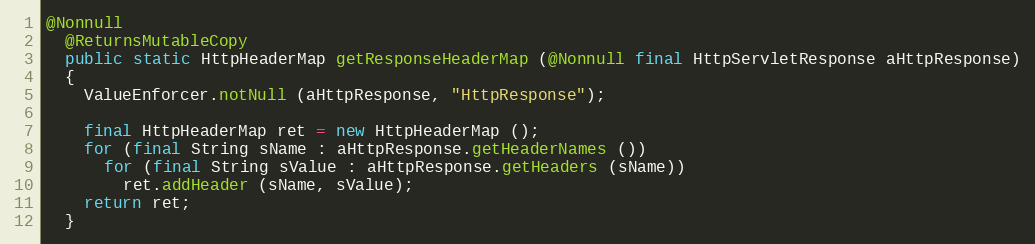
Language: Java
@Nonnull
  @ReturnsMutableCopy
  public static HttpHeaderMap getResponseHeaderMap (@Nonnull final HttpServletResponse aHttpResponse)
  {
    ValueEnforcer.notNull (aHttpResponse, "HttpResponse");

    final HttpHeaderMap ret = new HttpHeaderMap ();
    for (final String sName : aHttpResponse.getHeaderNames ())
      for (final String sValue : aHttpResponse.getHeaders (sName))
        ret.addHeader (sName, sValue);
    return ret;
  }